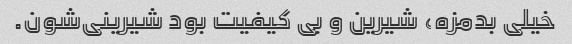
خیلی بدمزه، شیرین و بی کیفیت بود شیرینی‌شون.